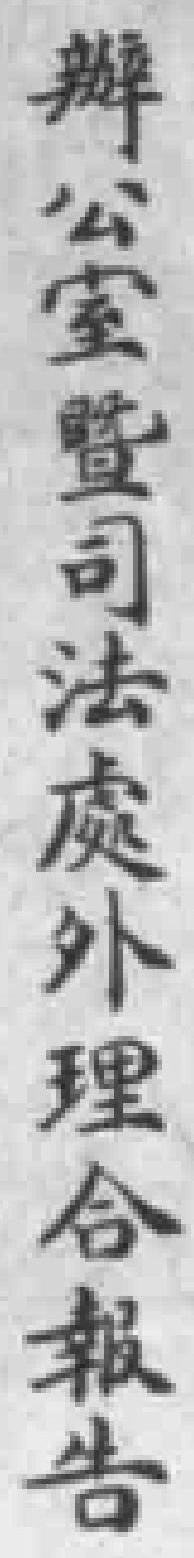
瓣公室暨司法處外理合報告